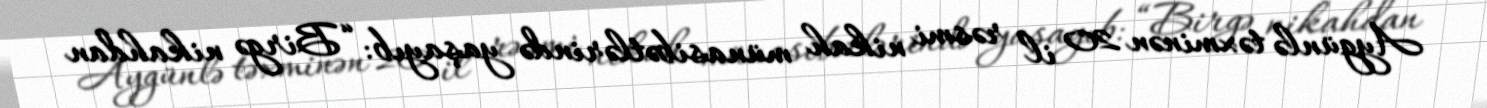
Aygünlə təxminən 20 il rəsmi nikah münasibətlərində yaşayıb: “Birgə nikahdan